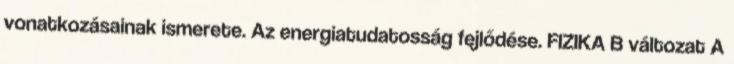
vonatkozásainak ismerete. Az energiatudatosság fejlődése. FIZIKA B változat A